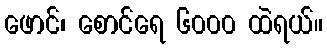
ဖောင်၊ စောင်ရေ ၆၀၀၀ ထဲရယ်။